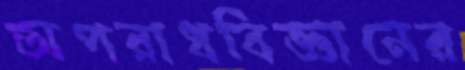
অপরাধবিজ্ঞানের